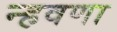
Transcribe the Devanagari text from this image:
न्हवणा